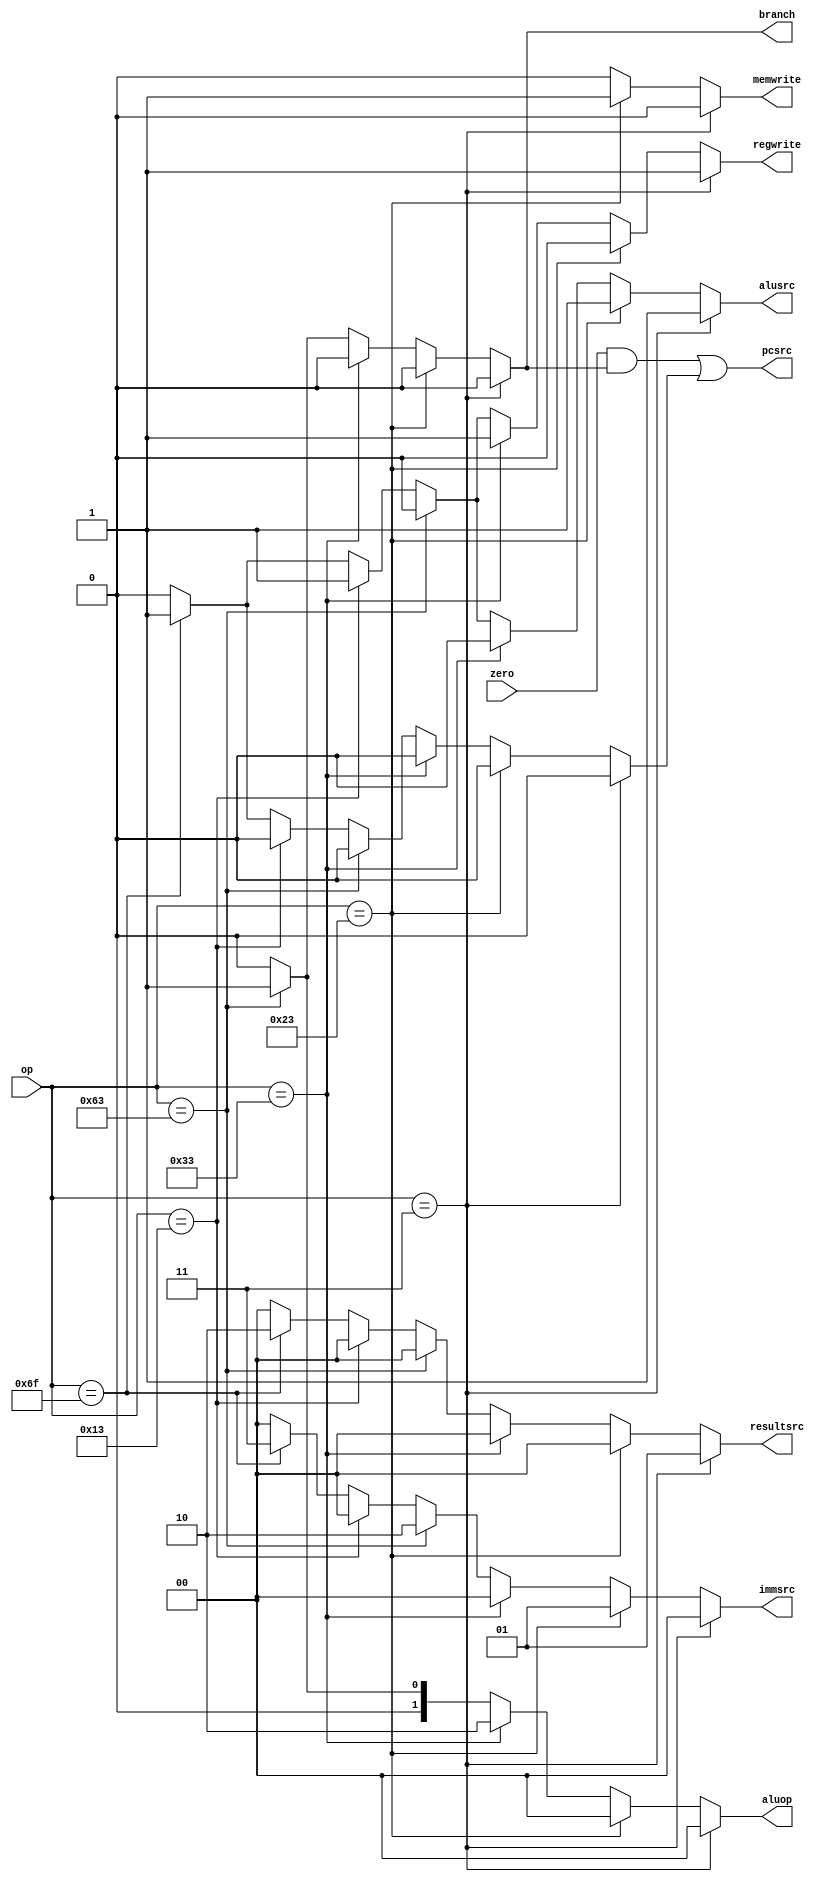
module main_decoder(op,zero,pcsrc,resultsrc,memwrite,alusrc,immsrc,branch,regwrite,aluop);
 input zero;
  input [6:0]op;
  output   pcsrc;
  output reg memwrite,alusrc,regwrite;
  output reg [1:0]resultsrc;
  output reg [1:0]immsrc;  
  output reg [1:0]aluop;
 output reg branch;
  reg jump;
  
  always@(*)begin
    
    if(op==7'b0000011) begin // lw I type
      regwrite<=1'b1;
      immsrc<=2'b00;
      alusrc<=1'b1;
      memwrite<=1'b0;
      resultsrc<=2'b01;
      branch<=1'b0;
      aluop<=2'b00;
      jump<=1'b0;
    // pcsrc<=1'b0;
    end
    
    else if(op==7'b0100011)begin //S type 
       regwrite<=1'b0;
      immsrc<=2'b01;
      alusrc<=1'b1;
      memwrite<=1'b1;
      resultsrc<=2'b00;
      branch<=1'b0;
      aluop<=2'b00;
      jump<=1'b0;
  //   pcsrc<=1'b0;
    end
    
    else if(op==7'b0110011)begin //R type
           regwrite<=1'b1;
      immsrc<=2'b00;
      alusrc<=1'b0;
      memwrite<=1'b0;
      resultsrc<=2'b00;
      branch<=1'b0;
      aluop<=2'b10;
      jump<=1'b0;
    //   pcsrc<=1'b0;
    end
    
    else if(op==7'b1100011)begin  //branch if equal
      regwrite<=1'b0;
      immsrc<=2'b10;
      alusrc<=1'b0;
      memwrite<=1'b0;
      resultsrc<=2'b00;
      branch<=1'b1;
      aluop<=2'b01;
      jump<=1'b0;
  //    pcsrc<=1'b1;
    end
    
    else if(op==7'b0010011) begin //I type addi
    regwrite<=1'b1;
      immsrc<=2'b00;
      alusrc<=1'b1;
      memwrite<=1'b0;
      resultsrc<=2'b00;
      branch<=1'b0;
      aluop<=2'b00;
      jump<=1'b0;
   //   pcsrc<=1'b0;
     end   
    
    
    else if(op==7'b1101111) begin //jump instruction
    regwrite<=1'b1;
      immsrc<=2'b11;
      alusrc<=1'b1;
      memwrite<=1'b0;
      resultsrc<=2'b10;
      branch<=1'b0;
      aluop<=2'b00;
      jump<=1'b1;
    //  pcsrc<=1'b1;
     end   
    
    else begin
     regwrite<=1'b0;
      immsrc<=2'b00;
      alusrc<=1'b0;
      memwrite<=1'b0;
      resultsrc<=2'b00;
      branch<=1'b0;
      aluop<=2'b00;
      jump<=1'b0;
  //    pcsrc<=1'b0;
    end
    
  end
  
  assign pcsrc=((zero&branch)|jump);
  
endmodule